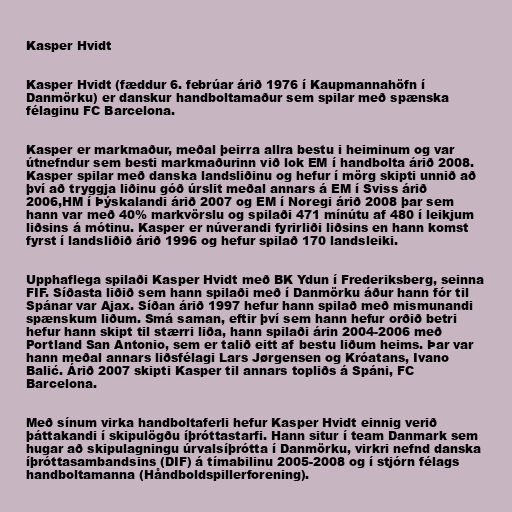
Kasper Hvidt

Kasper Hvidt (fæddur 6. febrúar árið 1976 í Kaupmannahöfn í
Danmörku) er danskur handboltamaður sem spilar með spænska
félaginu FC Barcelona.

Kasper er markmaður, meðal þeirra allra bestu i heiminum og var
útnefndur sem besti markmaðurinn við lok EM í handbolta árið 2008.
Kasper spilar með danska landsliðinu og hefur í mörg skipti unnið að
því að tryggja liðinu góð úrslit meðal annars á EM í Sviss árið
2006,HM í Þýskalandi árið 2007 og EM í Noregi árið 2008 þar sem
hann var með 40% markvörslu og spilaði 471 mínútu af 480 í leikjum
liðsins á mótinu. Kasper er núverandi fyrirliði liðsins en hann komst
fyrst í landsliðið árið 1996 og hefur spilað 170 landsleiki.

Upphaflega spilaði Kasper Hvidt með BK Ydun í Frederiksberg, seinna
FIF. Síðasta liðið sem hann spilaði með í Danmörku áður hann fór til
Spánar var Ajax. Síðan árið 1997 hefur hann spilað með mismunandi
spænskum liðum. Smá saman, eftir því sem hann hefur orðið betri
hefur hann skipt til stærri liða, hann spilaði árin 2004-2006 með
Portland San Antonio, sem er talið eitt af bestu liðum heims. Þar var
hann meðal annars liðsfélagi Lars Jørgensen og Króatans, Ivano
Balić. Árið 2007 skipti Kasper til annars topliðs á Spáni, FC
Barcelona.

Með sínum virka handboltaferli hefur Kasper Hvidt einnig verið
þáttakandi í skipulögðu íþróttastarfi. Hann situr í team Danmark sem
hugar að skipulagningu úrvalsíþrótta í Danmörku, virkri nefnd danska
íþróttasambandsins (DIF) á tímabilinu 2005-2008 og í stjórn félags
handboltamanna (Håndboldspillerforening).